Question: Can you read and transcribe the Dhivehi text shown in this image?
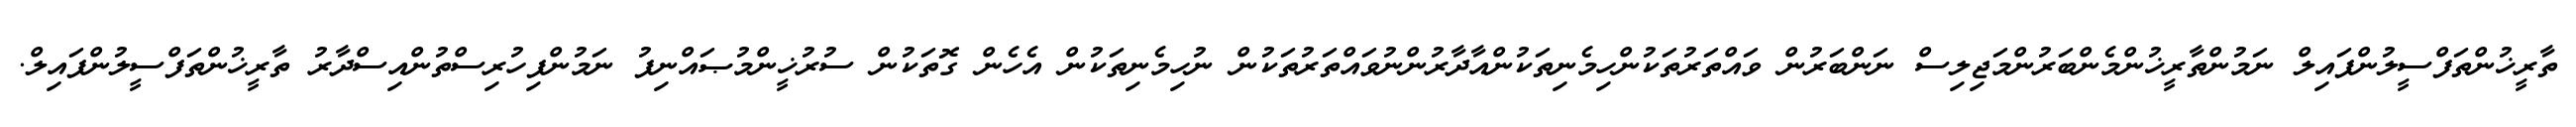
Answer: ތާރީޚުންތަފްސީލުންފައިލް ނަމުންތާރީޚުންމެންބަރުންމަޖިލިސް ނަންބަރުން ވައްތަރުތަކުންހިމެނިތަކުންއާދާރުންނުވައްތަރުތަކުން ނުހިމެނިތަކުން އެހެން ގޮތަކުން ސުރުޚީންމުޞައްނިފު ނަމުންފިހުރިސްތުންއިސްދާރު ތާރީޚުންތަފްސީލުންފައިލް.